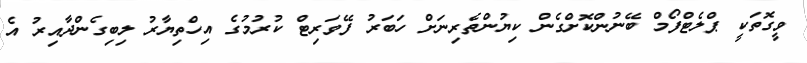
ވީގޮތަކީ ޕްލެޓްފޯމް ބޭނުންކޮށްގެން ކިޔުންތެރިނަށް ހަބަރު ފޭވަރިޓް ކުރުމުގެ އިހްތިޔާރު ލިބިގެންދާއިރު އެ